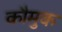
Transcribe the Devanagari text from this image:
कौमुक